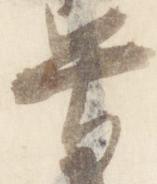
号